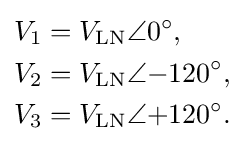
{\begin{aligned}V_{1}&=V_{\text{LN}}\angle 0^{\circ },\\V_{2}&=V_{\text{LN}}\angle {-120}^{\circ },\\V_{3}&=V_{\text{LN}}\angle {+120}^{\circ }.\end{aligned}}